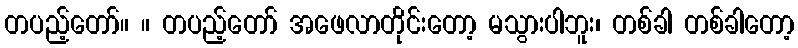
တပည့်တော်။ ။ တပည့်တော် အဖေလာတိုင်းတော့ မသွားပါဘူး၊ တစ်ခါ တစ်ခါတော့